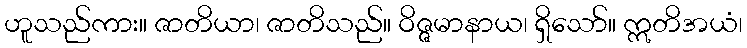
ဟူသည်ကား။ ဇာတိယာ၊ ဇာတိသည်။ ဝိဇ္ဇမာနာယ၊ ရှိသော်။ ဣတိအယံ၊